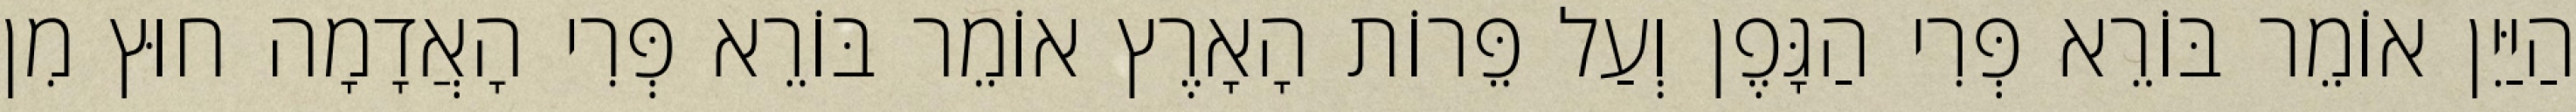
הַיַּיִן אוֹמֵר בּוֹרֵא פְּרִי הַגָּפֶן וְעַל פֵּרוֹת הָאָרֶץ אוֹמֵר בּוֹרֵא פְּרִי הָאֲדָמָה חוּץ מִן